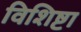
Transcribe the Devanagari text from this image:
विशिष्टा